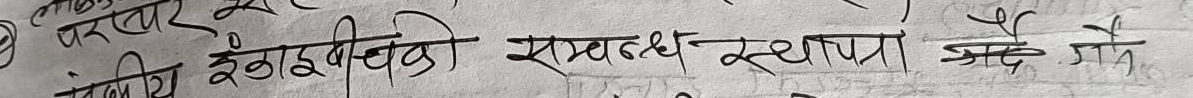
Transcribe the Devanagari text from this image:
२ परस्पर के बीच की संबंध स्थापित किए गए हैं।